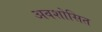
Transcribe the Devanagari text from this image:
अवशोसित